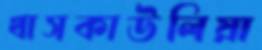
খাসকাউলিয়া